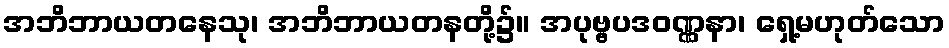
အဘိဘာယတနေသု၊ အဘိဘာယတနတို့၌။ အပုဗ္ဗပဒဝဏ္ဏနာ၊ ရှေ့မဟုတ်သော